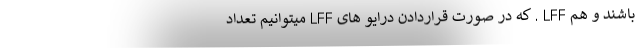
باشند و هم LFF . که در صورت قراردادن درایو های LFF میتوانیم تعداد